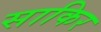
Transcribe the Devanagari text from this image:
साकिर